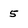
Character: 5